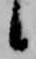
候